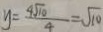
y = \frac { 4 \sqrt { 1 0 } } { 4 } = \sqrt { 1 0 }